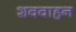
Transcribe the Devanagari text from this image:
शववाहन